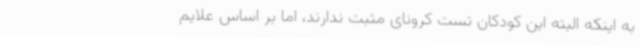
به اینکه البته این کودکان تست کرونای مثبت ندارند، اما بر اساس علایم